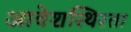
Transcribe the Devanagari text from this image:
आवेशस्थिरता